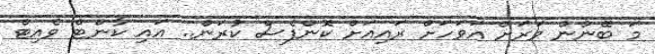
މަ ބޭނުން ވަރަށް އަވަހަށް ރައިއަށް ކޮންފެސް ކުރަން.. އައި ކާންޓް ވެއިޓް